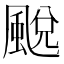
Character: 䬈